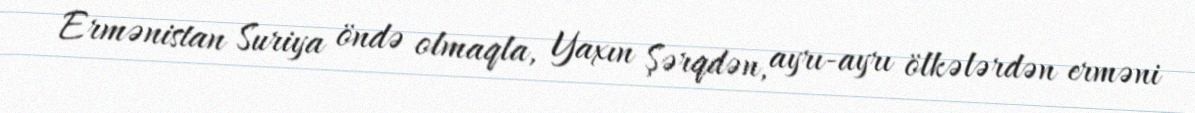
Ermənistan Suriya öndə olmaqla, Yaxın Şərqdən, ayrı-ayrı ölkələrdən erməni